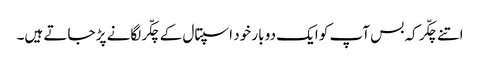
اتنے چکّر کہ بس آپ کو ایک دو بار خود اسپتال کے چکّر لگانے پڑ جاتے ہیں۔